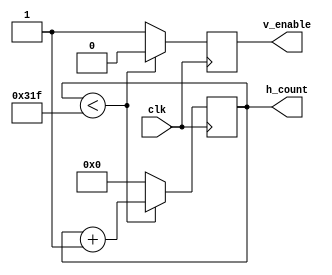
`timescale 1ns / 1ps
//////////////////////////////////////////////////////////////////////////////////
//Counter for Hsync
//////////////////////////////////////////////////////////////////////////////////


module h_counter(
    input clk,
    output reg v_enable = 0,
    output reg [15:0] h_count = 0
    );
    
    always @(posedge clk)
    begin
        if (h_count < 799) begin
            h_count <= h_count + 1;
            v_enable <= 0;
        end
    else begin
            h_count <= 0;
            v_enable <= 1;
        end
    end
    
endmodule